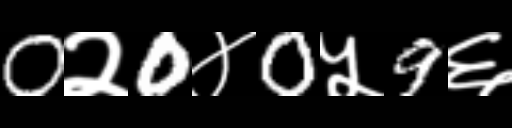
Text: 0२0४0५9६